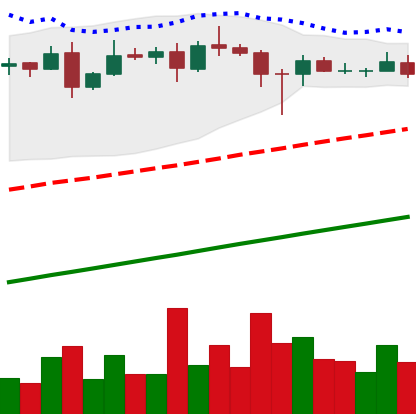
Ticker: ADA-USD
Chart end date: 2020-08-18
Forward return: -11.52%
Label: down_7plus